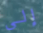
إلى